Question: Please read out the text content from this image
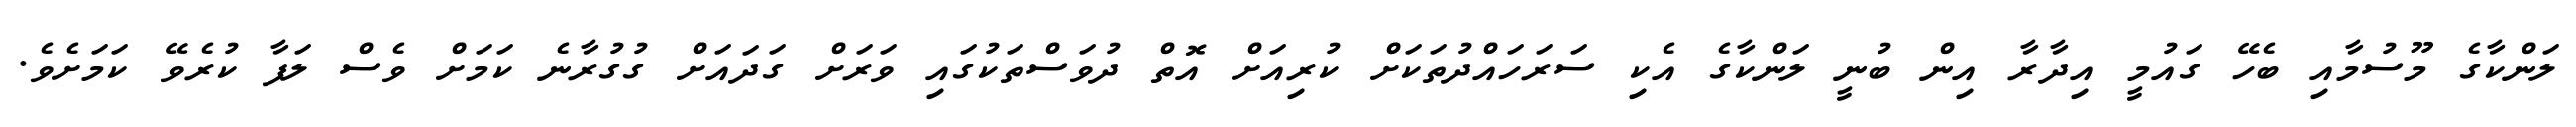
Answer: ލަންކާގެ މޫސުމާއި ބެހޭ ގައުމީ އިދާރާ އިން ބުނީ ލަންކާގެ އެކި ސަރަހައްދުތަކަށް ކުރިއަށް އޮތް ދުވަސްތަކުގައި ވަރަށް ގަދައަށް ގުގުރާނެ ކަމަށް ވެސް ލަފާ ކުރެވޭ ކަމަށެވެ.